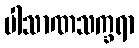
ပါသာဏသက္ခရာ